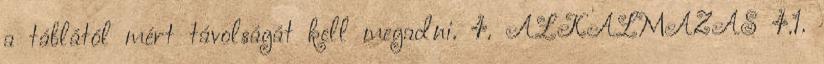
a táblától mért távolságát kell megadni. 4. ALKALMAZÁS 4.1.